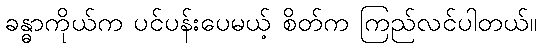
ခန္ဓာကိုယ်က ပင်ပန်းပေမယ့် စိတ်က ကြည်လင်ပါတယ်။